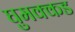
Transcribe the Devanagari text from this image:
घुमक्कड